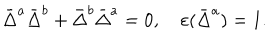
LaTeX: \bar { \Delta } ^ { a } \bar { \Delta } ^ { b } + \bar { \Delta } ^ { b } \bar { \Delta } ^ { a } = 0 , \quad \varepsilon ( \bar { \Delta } ^ { a } ) = 1 .